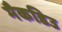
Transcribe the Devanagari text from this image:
मैकडिउ